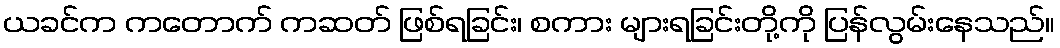
ယခင်က ကတောက် ကဆတ် ဖြစ်ရခြင်း၊ စကား များရခြင်းတို့ကို ပြန်လွမ်းနေသည်။